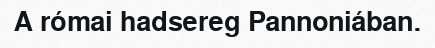
A római hadsereg Pannoniában.